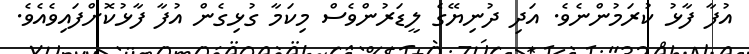
އުފާ ފާޅު ކުރަމުންނެވެ. އަދި ދުނިޔޭގެ ލީޑަރުންވެސް މިކަމާ ގުޅިގެން އުފާ ފާޅުކޮށްފައިވެއެވެ.